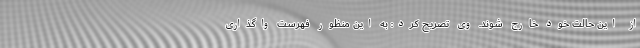
از این حالت خود خارج شوند. وی تصریح کرد: به این منظور فهرست واگذاری